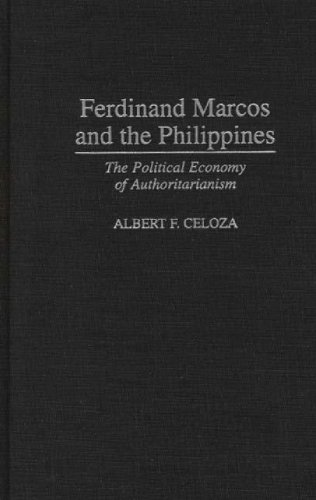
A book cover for Ferdinand Marcos and the Philippines: The Political Economy of Authoritarianism; Albert F. Celoza; History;